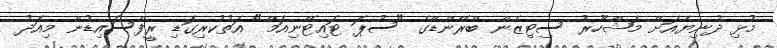
މުޅި ދުނިޔެއަށް މަޝްހޫރު ސިޓިޒެން ބްރޭންޑްގެ "ސުޕަ ޓައިޓޭނިއަމް" އަތުކުރިގަޑި ރީފްސައިޑުން މިއަދު